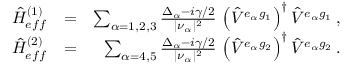
\begin{array} { r l r } { { \hat { H } } _ { e f f } ^ { ( 1 ) } } & { = } & { \sum _ { \alpha = 1 , 2 , 3 } \frac { \Delta _ { \alpha } - i \gamma / 2 } { | \nu _ { \alpha } | ^ { 2 } } \, \left( { \hat { V } } ^ { e _ { \alpha } g _ { 1 } } \right) ^ { \dagger } { \hat { V } } ^ { e _ { \alpha } g _ { 1 } } \, , } \\ { { \hat { H } } _ { e f f } ^ { ( 2 ) } } & { = } & { \sum _ { \alpha = 4 , 5 } \frac { \Delta _ { \alpha } - i \gamma / 2 } { | \nu _ { \alpha } | ^ { 2 } } \, \left( { \hat { V } } ^ { e _ { \alpha } g _ { 2 } } \right) ^ { \dagger } { \hat { V } } ^ { e _ { \alpha } g _ { 2 } } \, . } \end{array}